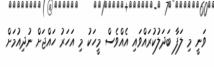
ވަނީ މި ލަފާ ބަދަލުކުރައްވައި އެއްވެސް މީހަކު މި އަހަރު ހައްޖަށް ނުދިއުމަށް